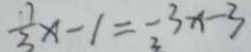
\frac { 7 } { 3 } x - 1 = - 3 x - 3